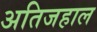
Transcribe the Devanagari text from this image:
अतिजहाल